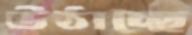
উঠাচ্ছে